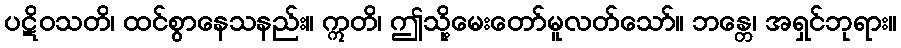
ပဋိဝသတိ၊ ထင်စွာနေသနည်း။ ဣတိ၊ ဤသို့မေးတော်မူလတ်သော်။ ဘန္တေ၊ အရှင်ဘုရား။